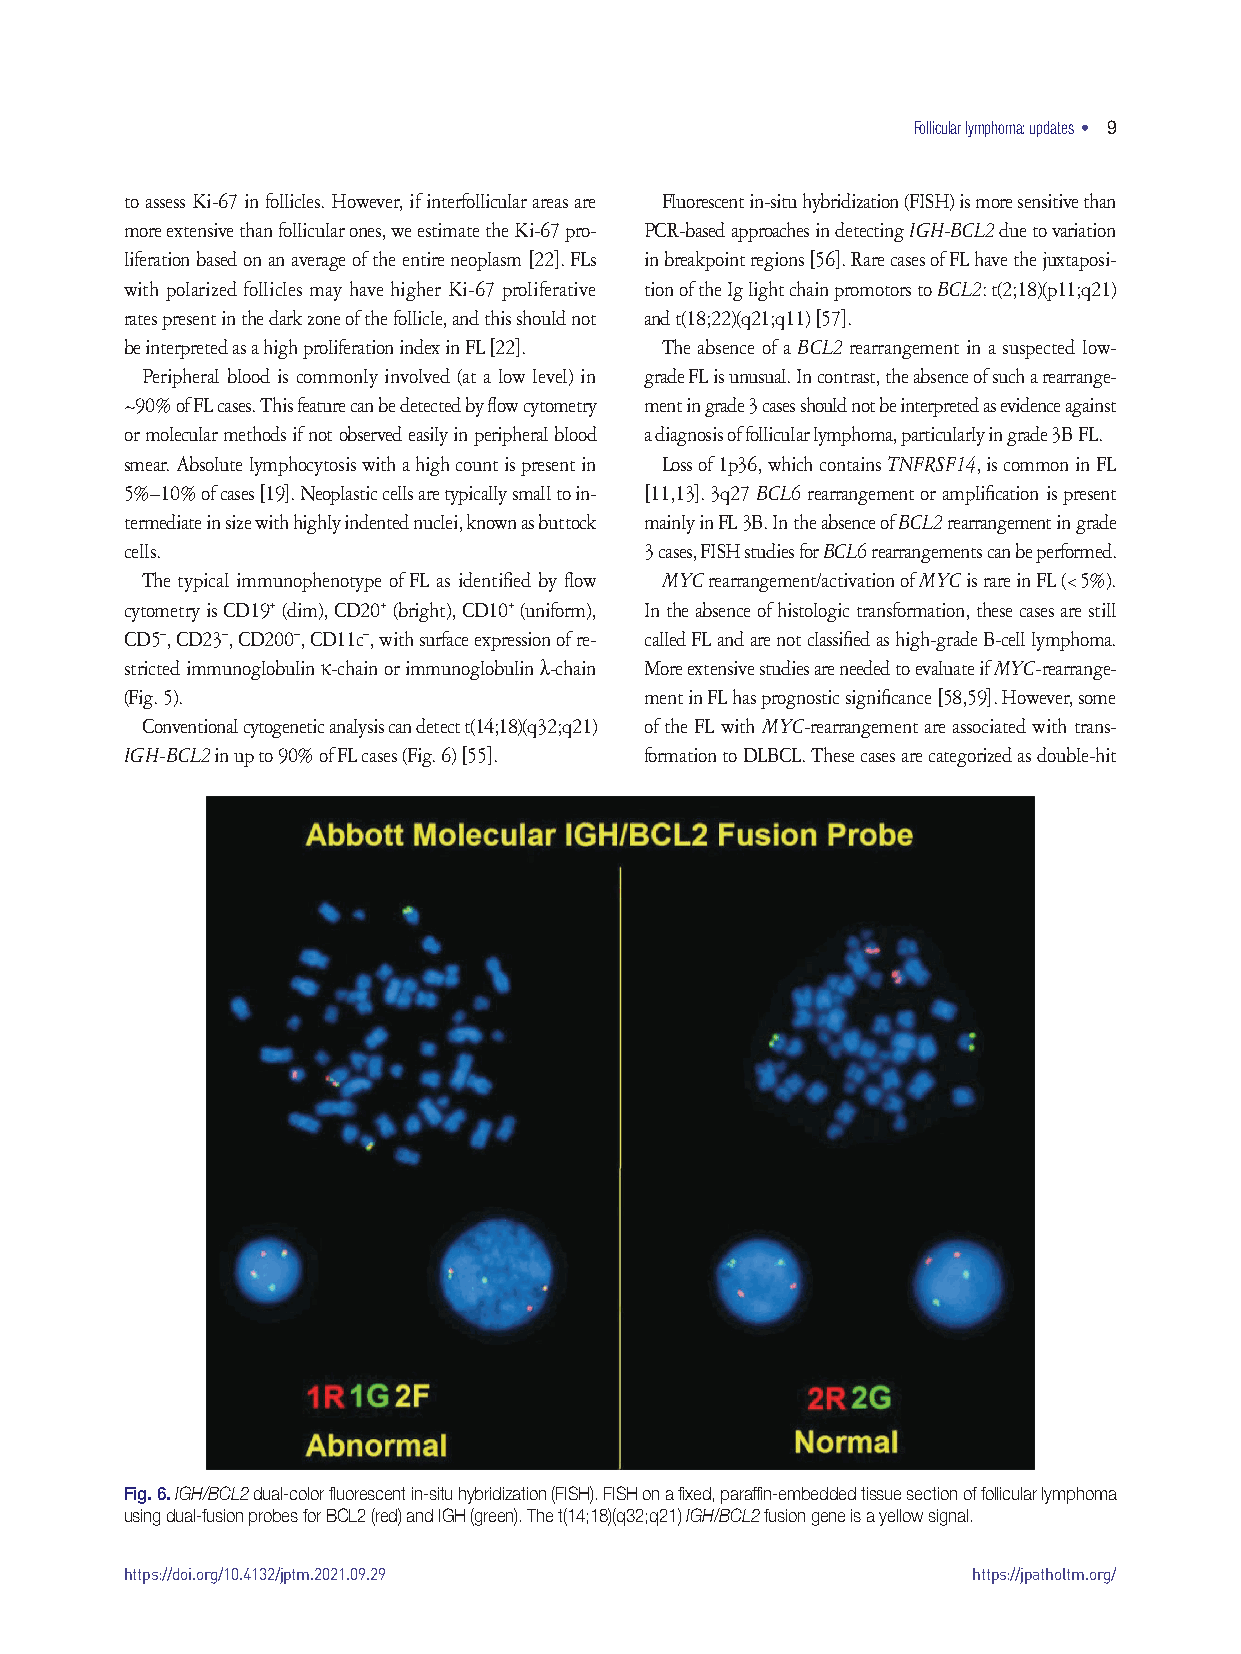
Follicular lymphoma: updates • 9
 to assess Ki-67 in follicles. However, if interfollicular areas are Fluorescent in-situ hybridization (FISH) is more sensitive than
 more extensive than follicular ones, we estimate the Ki-67 pro- PCR-based approaches in detecting IGH-BCL2 due to variation
 liferation based on an average of the entire neoplasm [22]. FLs in breakpoint regions [56]. Rare cases of FL have the juxtaposi-
 with polarized follicles may have higher Ki-67 proliferative tion of the Ig light chain promotors to BCL2: t(2;18)(p11;q21)
 rates present in the dark zone of the follicle, and this should not and t(18;22)(q21;q11) [57].
 be interpreted as a high proliferation index in FL [22]. The absence of a BCL2 rearrangement in a suspected low-
 Peripheral blood is commonly involved (at a low level) in grade FL is unusual. In contrast, the absence of such a rearrange-
 ~90% of FL cases. This feature can be detected by flow cytometry ment in grade 3 cases should not be interpreted as evidence against
 or molecular methods if not observed easily in peripheral blood a diagnosis of follicular lymphoma, particularly in grade 3B FL.
 smear. Absolute lymphocytosis with a high count is present in Loss of 1p36, which contains TNFRSF14, is common in FL
 5%–10% of cases [19]. Neoplastic cells are typically small to in- [11,13]. 3q27 BCL6 rearrangement or amplification is present
 termediate in size with highly indented nuclei, known as buttock mainly in FL 3B. In the absence of BCL2 rearrangement in grade
 cells.                             3 cases, FISH studies for BCL6 rearrangements can be performed.
 The typical immunophenotype of FL as identified by flow MYC rearrangement/activation of MYC is rare in FL (< 5%).
 cytometry is CD19+ (dim), CD20+ (bright), CD10+ (uniform), In the absence of histologic transformation, these cases are still
 CD5–, CD23–, CD200–, CD11c–, with surface expression of re- called FL and are not classified as high-grade B-cell lymphoma.
 stricted immunoglobulin κ-chain or immunoglobulin λ-chain More extensive studies are needed to evaluate if MYC-rearrange-
 (Fig. 5).                          ment in FL has prognostic significance [58,59]. However, some
 Conventional cytogenetic analysis can detect t(14;18)(q32;q21) of the FL with MYC-rearrangement are associated with trans-
 IGH-BCL2 in up to 90% of FL cases (Fig. 6) [55]. formation to DLBCL. These cases are categorized as double-hit
 Fig. 6. IGH/BCL2 dual-color fluorescent in-situ hybridization (FISH). FISH on a fixed, paraffin-embedded tissue section of follicular lymphoma
 using dual-fusion probes for BCL2 (red) and IGH (green). The t(14;18)(q32;q21) IGH/BCL2 fusion gene is a yellow signal.
 https://doi.org/10.4132/jptm.2021.09.29                 https://jpatholtm.org/